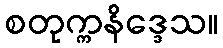
စတုက္ကနိဒ္ဒေသ။